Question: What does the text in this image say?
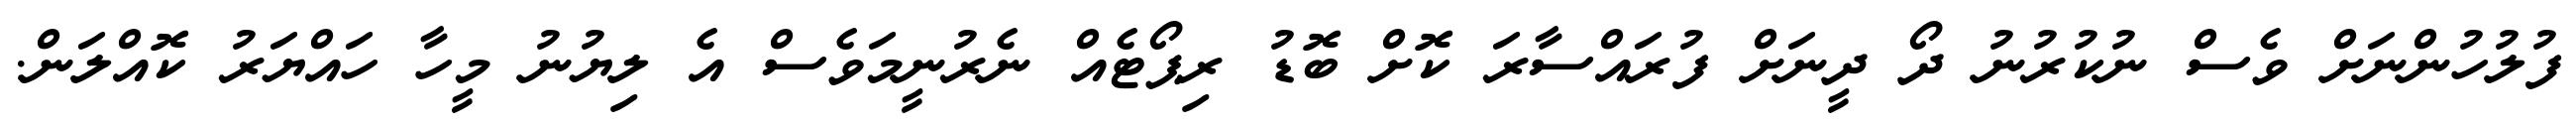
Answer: ފުލުހުންނަށް ވެސް ނުކުރުނު ދޯ ދީނަށް ފުރައްސާރަ ކޮށް ބޮޑު ރިޕޯޓެއް ނެރުނީމަވެސް އެ ލިޔުނު މީހާ ހައްޔަރު ކޮއްލަން.